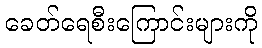
ခေတ်ရေစီးကြောင်းများကို